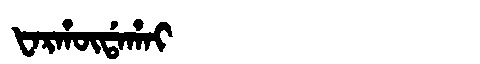
Manchu: ᡶᠠᡵᡥᡡᡩᠠᡥᠠᡳ
Romanization: FARHŪDAHAI